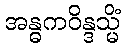
အန္ဓကဝိန္ဒသ္မိံ